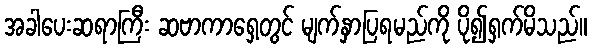
အခါပေးဆရာကြီး ဆဗာကာရှေ့တွင် မျက်နှာပြရမည်ကို ပို၍ရှက်မိသည်။